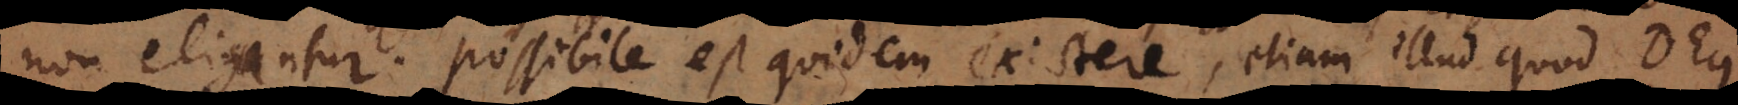
non eligantur. Possibile est quidem existere, etiam illud quod Deus